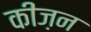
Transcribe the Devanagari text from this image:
कीज़न